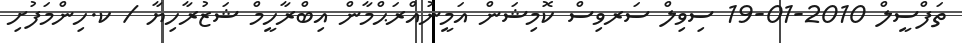
ތަފްސީލް 2010-01-19 ސިވިލް ސަރވިސް ކޮމިޝަން އަމީނުއްރަޙްމާން އިބްރާހީމް ޝަޒުރާހިޔާ / ކ.ހިންމަފުށި